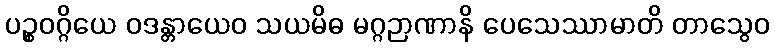
ပဉ္စဝဂ္ဂိယေ ဝဒန္တာယေဝ သယမိဓ မဂ္ဂဉာဏာနိ ပေသေဿာမာတိ တာသွေဝ